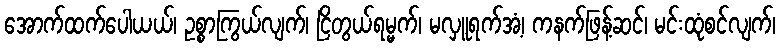
အောက်ထက်ပေါယယ်၊ ဥစ္စာကြွယ်လျက်၊ ငြိတွယ်ရမ္မက်၊ မလှူရက်အံ့၊ ကနက်ဖြန့်ဆင်၊ မင်းထုံစင်လျက်၊